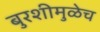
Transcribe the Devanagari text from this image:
बुरशीमुळेच